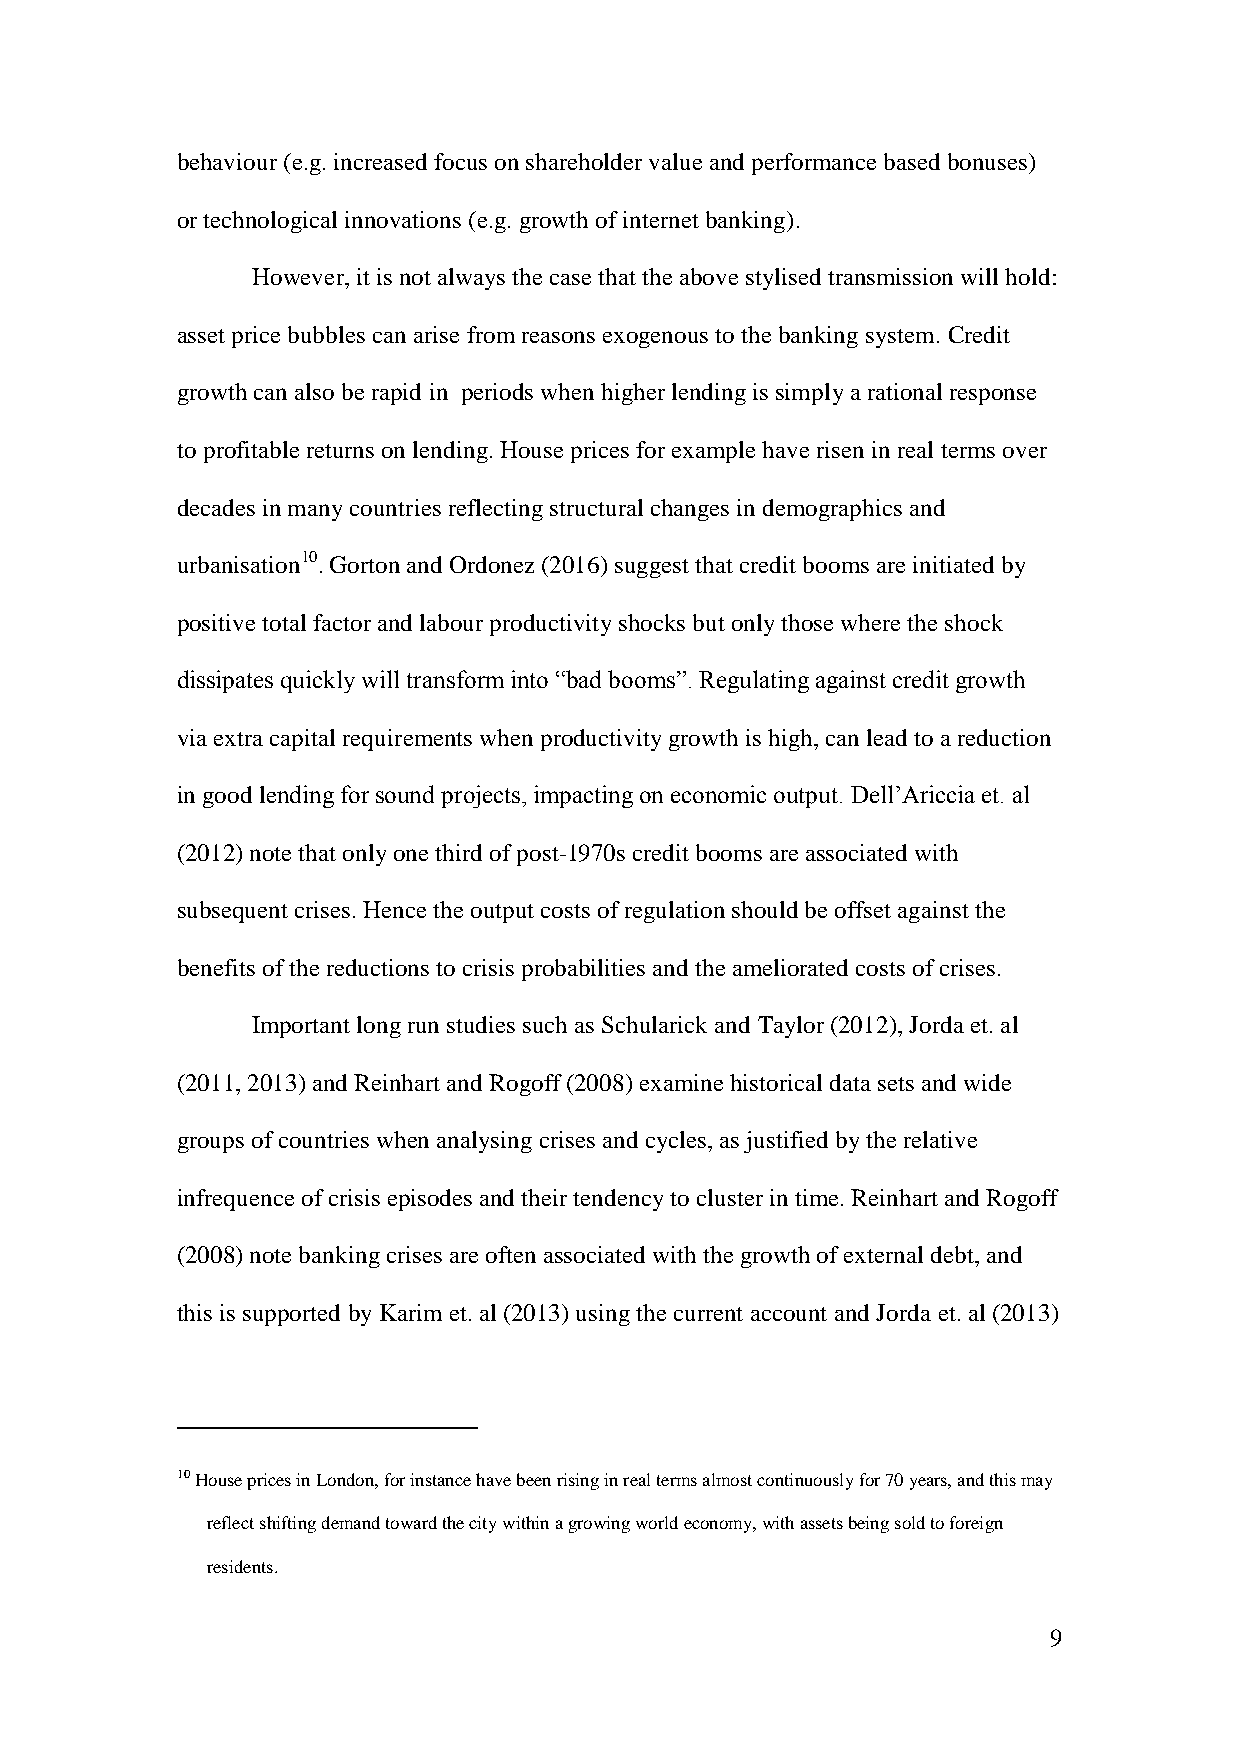
behaviour (e.g. increased focus on shareholder value and performance based bonuses)
 or technological innovations (e.g. growth of internet banking).
 However, it is not always the case that the above stylised transmission will hold:
 asset price bubbles can arise from reasons exogenous to the banking system. Credit
 growth can also be rapid in periods when higher lending is simply a rational response
 to profitable returns on lending. House prices for example have risen in real terms over
 decades in many countries reflecting structural changes in demographics and
 urbanisation10. Gorton and Ordonez (2016) suggest that credit booms are initiated by
 positive total factor and labour productivity shocks but only those where the shock
 dissipates quickly will transform into “bad booms”. Regulating against credit growth
 via extra capital requirements when productivity growth is high, can lead to a reduction
 in good lending for sound projects, impacting on economic output. Dell’Ariccia et. al
 (2012) note that only one third of post-1970s credit booms are associated with
 subsequent crises. Hence the output costs of regulation should be offset against the
 benefits of the reductions to crisis probabilities and the ameliorated costs of crises.
 Important long run studies such as Schularick and Taylor (2012), Jorda et. al
 (2011, 2013) and Reinhart and Rogoff (2008) examine historical data sets and wide
 groups of countries when analysing crises and cycles, as justified by the relative
 infrequence of crisis episodes and their tendency to cluster in time. Reinhart and Rogoff
 (2008) note banking crises are often associated with the growth of external debt, and
 this is supported by Karim et. al (2013) using the current account and Jorda et. al (2013)
 10 House prices in London, for instance have been rising in real terms almost continuously for 70 years, and this may
 reflect shifting demand toward the city within a growing world economy, with assets being sold to foreign
 residents.
 9